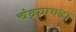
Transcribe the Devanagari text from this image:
चंद्राएवढा